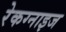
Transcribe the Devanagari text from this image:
रेकग्नाइज